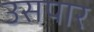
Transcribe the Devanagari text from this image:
उसपार